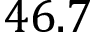
4 6 . 7